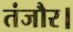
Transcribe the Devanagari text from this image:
तंजौर।